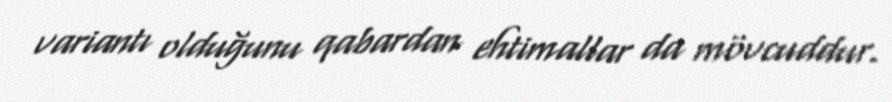
variantı olduğunu qabardan ehtimallar da mövcuddur.